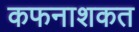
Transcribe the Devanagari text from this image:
कफनाशकत